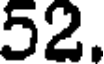
52.